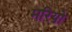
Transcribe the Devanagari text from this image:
मरियो